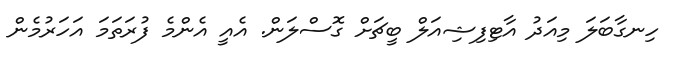
ހިނގާބަލަ މިއަދު އާޓިފިޝިއަލް ބީޗަށް ގޮސްލަން. އެއީ އެންމެ ފުރަތަމަ އަހަރުމެން